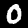
Label: 0